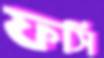
ফসি